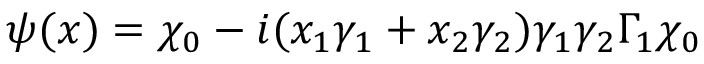
\psi ( x ) = \chi _ { 0 } - i ( x _ { 1 } \gamma _ { 1 } + x _ { 2 } \gamma _ { 2 } ) \gamma _ { 1 } \gamma _ { 2 } \Gamma _ { 1 } \chi _ { 0 }